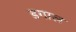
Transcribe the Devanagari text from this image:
डगाल